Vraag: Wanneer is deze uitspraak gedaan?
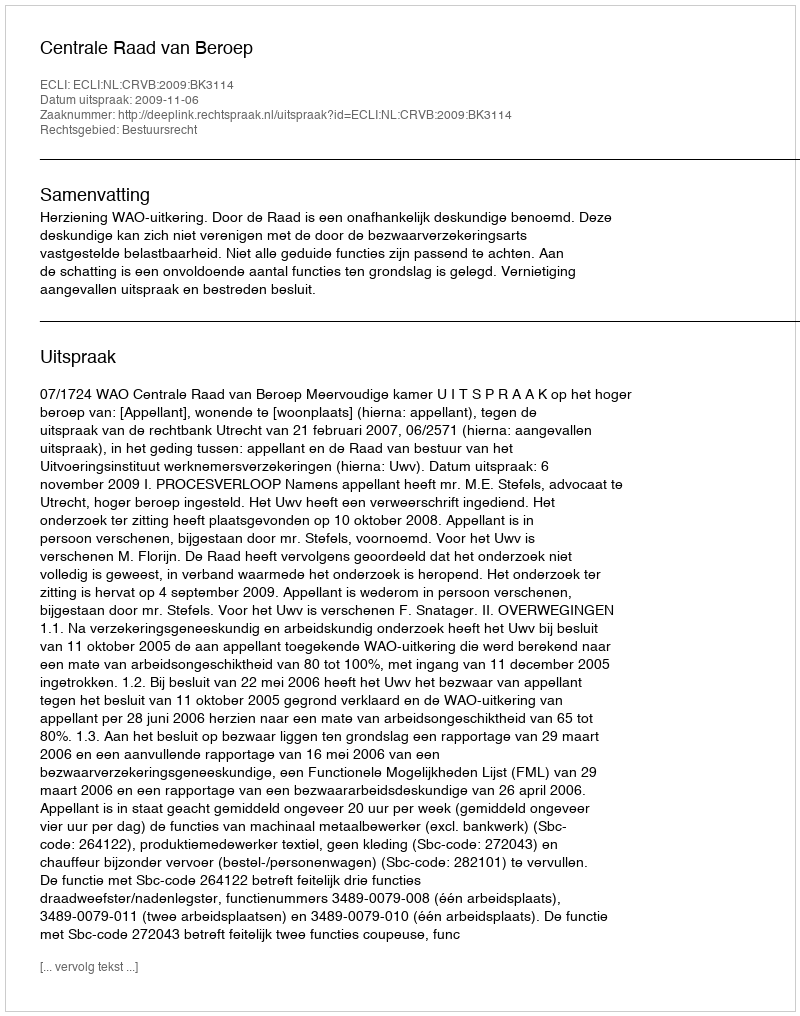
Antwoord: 2009-11-06